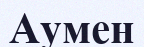
Аумен